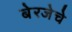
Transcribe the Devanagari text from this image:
बेरजेचे